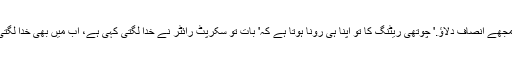
تو پھر مجھے انصاف دلاؤ.' چوتھی ریٹنگ کا تو اپنا ہی رونا ہوتا ہے کہ' بات تو سکرپٹ رائٹر نے خدا لگتی کہی ہے، اب میں بھی خدا لگتی کہوں؟